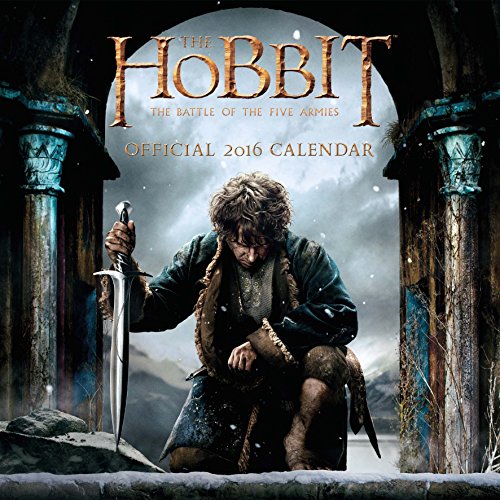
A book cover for The Official the Hobbit 2016 Square Calendar; Calendars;